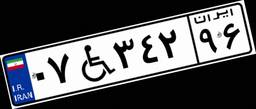
۰۷W۳۴۲۹۶